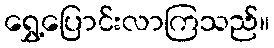
ရွှေ့ပြောင်းလာကြသည်။